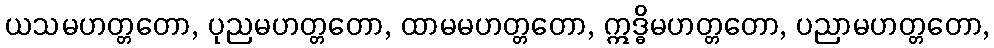
ယသမဟတ္တတော, ပုညမဟတ္တတော, ထာမမဟတ္တတော, ဣဒ္ဓိမဟတ္တတော, ပညာမဟတ္တတော,